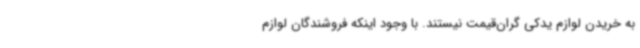
به خریدن لوازم یدکی گران‌قیمت نیستند. با وجود اینکه فروشندگان لوازم